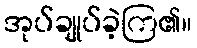
အုပ်ချုပ်ခဲ့ကြ၏။